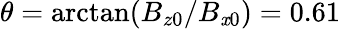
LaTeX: \theta=\arctan(B_{z0}/B_{\mathit{x}0})=0.61